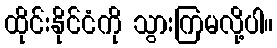
ထိုင်းနိုင်ငံကို သွားကြမလို့ပါ။